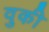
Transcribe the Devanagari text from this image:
वुकी